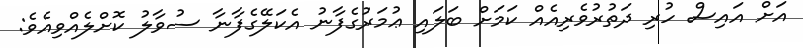
އަށް އައިސް ހުރި ދަތުރުވެރިއެއް ކަމަށް ބަލައި ޢުމަރުގެފާނު އެކަލޭގެފާނާ ސުވާލު ކޮށްލެއްވިއެވެ: